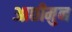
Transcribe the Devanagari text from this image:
आछीमुन